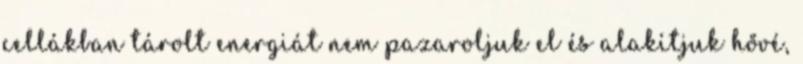
cellákban tárolt energiát nem pazaroljuk el és alakítjuk hővé,